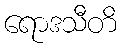
ရောဒသီတိ